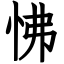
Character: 怫